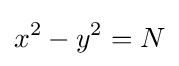
x^{2}-y^{2}=N